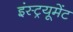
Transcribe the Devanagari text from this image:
इंस्ट्रयूमेंट